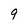
Character: 9